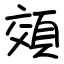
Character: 頝